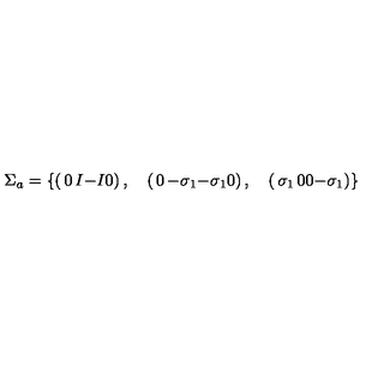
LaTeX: \Sigma _ { a } = \left\{ \left( \begin{matrix} { 0 } & { I } \\ { - I } & { 0 } \\ \end{matrix} \right) , \quad \left( \begin{matrix} { 0 } & { - \sigma _ { 1 } } \\ { - \sigma _ { 1 } } & { 0 } \\ \end{matrix} \right) , \quad \left( \begin{matrix} { \sigma _ { 1 } } & { 0 } \\ { 0 } & { - \sigma _ { 1 } } \\ \end{matrix} \right) \right\}